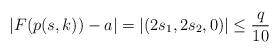
LaTeX: \begin{align*}|F(p(s,k))-a|=|(2s_1,2s_2,0)|\leq \frac{q}{10}\end{align*}